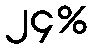
၂၄%